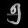
Digit: ၅